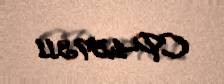
CP-459311